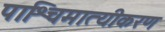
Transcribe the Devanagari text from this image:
पाश्चिमात्यीकरण